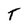
Character: T